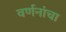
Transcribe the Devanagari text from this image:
वर्णनांचा